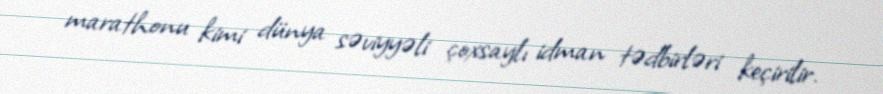
marathonu kimi dünya səviyyəli çoxsaylı idman tədbirləri keçirilir.